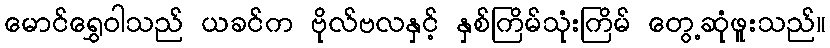
မောင်ရွှေဝါသည် ယခင်က ဗိုလ်ဗလနှင့် နှစ်ကြိမ်သုံးကြိမ် တွေ့ဆုံဖူးသည်။